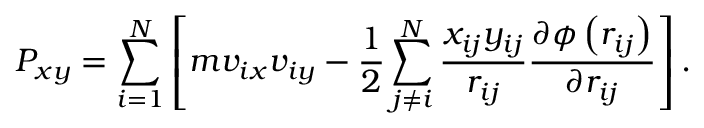
P _ { x y } = \sum _ { i = 1 } ^ { N } \left[ m v _ { i x } v _ { i y } - \frac { 1 } { 2 } \sum _ { j \neq i } ^ { N } \frac { x _ { i j } y _ { i j } } { r _ { i j } } \frac { \partial \phi \left( r _ { i j } \right) } { \partial r _ { i j } } \right] .